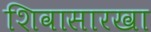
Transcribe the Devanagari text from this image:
शिवासारखा